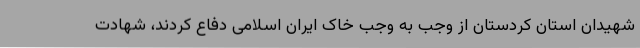
شهیدان استان کردستان از وجب به وجب خاک ایران اسلامی دفاع کردند، شهادت